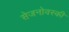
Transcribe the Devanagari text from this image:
सेजनोवस्की